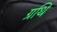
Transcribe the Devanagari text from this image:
ग्रथि